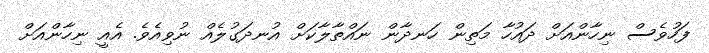
ފަހުވެސް ނިހާންއަށް ދައުހާ މަތިން ހަނދާން ނައްތާލާކަށް އުނދަގުލެއް ނުވިއެވެ. އެއީ ނިހާންއަށް